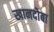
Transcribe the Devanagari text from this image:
खानदोबा